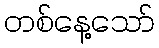
တစ်နေ့သော်